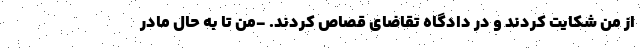
از من شکایت کردند و در دادگاه تقاضای قصاص کردند. -من تا به حال مادر